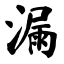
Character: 漏